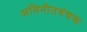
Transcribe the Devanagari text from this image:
अविनीतवंचक